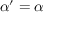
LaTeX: { \boldsymbol { \alpha } } ^ { \prime } = { \boldsymbol { \alpha } }